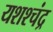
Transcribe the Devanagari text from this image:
यशश्चंद्र